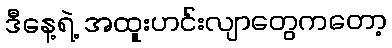
ဒီနေ့ရဲ့ အထူးဟင်းလျာတွေကတော့